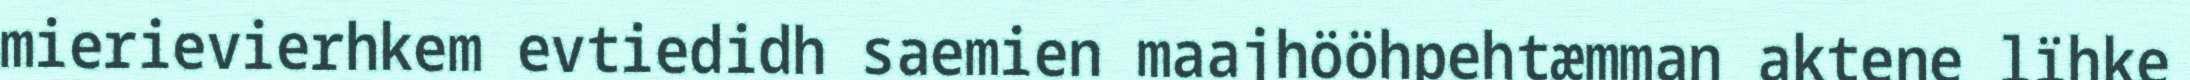
mierievierhkem evtiedidh saemien maajhööhpehtæmman aktene lïhke